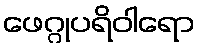
ဖေဂ္ဂုပရိဝါရော